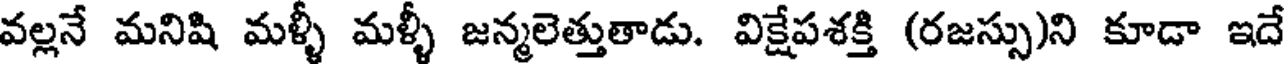
వల్లనే మనిషి మళ్ళీ మళ్ళీ జన్మలెత్తుతాడు. విక్షేపశక్తి (రజస్సు)ని కూడా ఇదే